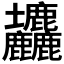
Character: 𡔙